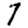
Digit: 7